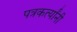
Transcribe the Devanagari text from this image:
पत्रकर्त्यांनी